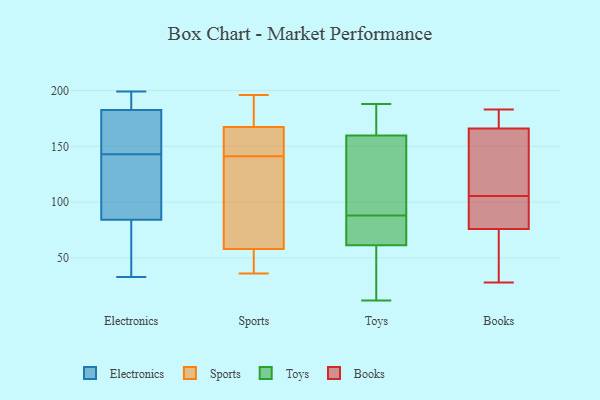
{"axis": {"x": "Headcount", "y": "Value"}, "legend": ["Books", "Electronics", "Sports", "Toys"], "data": [{"x": "", "y": 199, "type": "Electronics"}, {"x": "", "y": 199, "type": "Electronics"}, {"x": "", "y": 97, "type": "Electronics"}, {"x": "", "y": 183, "type": "Electronics"}, {"x": "", "y": 142, "type": "Electronics"}, {"x": "", "y": 33, "type": "Electronics"}, {"x": "", "y": 164, "type": "Electronics"}, {"x": "", "y": 188, "type": "Electronics"}, {"x": "", "y": 35, "type": "Electronics"}, {"x": "", "y": 46, "type": "Electronics"}, {"x": "", "y": 70, "type": "Electronics"}, {"x": "", "y": 80, "type": "Electronics"}, {"x": "", "y": 177, "type": "Electronics"}, {"x": "", "y": 109, "type": "Electronics"}, {"x": "", "y": 181, "type": "Electronics"}, {"x": "", "y": 192, "type": "Electronics"}, {"x": "", "y": 143, "type": "Electronics"}, {"x": "", "y": 103, "type": "Electronics"}, {"x": "", "y": 145, "type": "Electronics"}, {"x": "", "y": 177, "type": "Sports"}, {"x": "", "y": 118, "type": "Sports"}, {"x": "", "y": 179, "type": "Sports"}, {"x": "", "y": 147, "type": "Sports"}, {"x": "", "y": 158, "type": "Sports"}, {"x": "", "y": 171, "type": "Sports"}, {"x": "", "y": 63, "type": "Sports"}, {"x": "", "y": 166, "type": "Sports"}, {"x": "", "y": 79, "type": "Sports"}, {"x": "", "y": 141, "type": "Sports"}, {"x": "", "y": 86, "type": "Sports"}, {"x": "", "y": 43, "type": "Sports"}, {"x": "", "y": 38, "type": "Sports"}, {"x": "", "y": 151, "type": "Sports"}, {"x": "", "y": 36, "type": "Sports"}, {"x": "", "y": 38, "type": "Sports"}, {"x": "", "y": 196, "type": "Sports"}, {"x": "", "y": 160, "type": "Toys"}, {"x": "", "y": 178, "type": "Toys"}, {"x": "", "y": 123, "type": "Toys"}, {"x": "", "y": 88, "type": "Toys"}, {"x": "", "y": 84, "type": "Toys"}, {"x": "", "y": 56, "type": "Toys"}, {"x": "", "y": 12, "type": "Toys"}, {"x": "", "y": 50, "type": "Toys"}, {"x": "", "y": 188, "type": "Toys"}, {"x": "", "y": 181, "type": "Toys"}, {"x": "", "y": 90, "type": "Toys"}, {"x": "", "y": 60, "type": "Toys"}, {"x": "", "y": 164, "type": "Toys"}, {"x": "", "y": 63, "type": "Toys"}, {"x": "", "y": 73, "type": "Toys"}, {"x": "", "y": 147, "type": "Toys"}, {"x": "", "y": 159, "type": "Toys"}, {"x": "", "y": 61, "type": "Toys"}, {"x": "", "y": 70, "type": "Toys"}, {"x": "", "y": 76, "type": "Books"}, {"x": "", "y": 173, "type": "Books"}, {"x": "", "y": 183, "type": "Books"}, {"x": "", "y": 166, "type": "Books"}, {"x": "", "y": 126, "type": "Books"}, {"x": "", "y": 85, "type": "Books"}, {"x": "", "y": 81, "type": "Books"}, {"x": "", "y": 71, "type": "Books"}, {"x": "", "y": 28, "type": "Books"}, {"x": "", "y": 138, "type": "Books"}]}